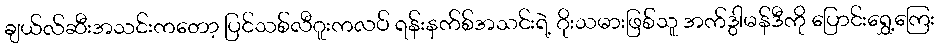
ချယ်လ်ဆီးအသင်းကတော့ ပြင်သစ်လီဂူးကလပ် ရန်းနက်စ်အသင်းရဲ့ ဂိုးသမားဖြစ်သူ အက်ဒွါမန်ဒီကို ပြောင်းရွှေ့ကြေး